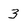
Character: 3